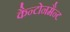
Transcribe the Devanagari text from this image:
कैन्टोनमैन्ट